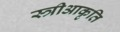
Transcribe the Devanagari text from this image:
स्त्रीआकृति